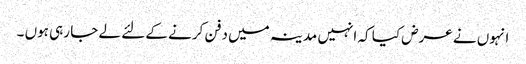
انہوں نے عرض کیا کہ انہیں مدینہ میں دفن کرنے کے لئے لے جا رہی ہوں ۔